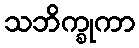
သဘိက္ခုကာ